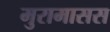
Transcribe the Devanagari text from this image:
मुरामासस